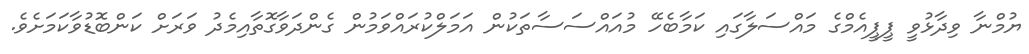
ޔުމްނާ ވިދާޅުވީ ޕީޕީއެމްގެ މައްސަލާގައި ކަމާބެހޭ މުއައްސަސާތަކުން އަމަލްކުރައްވަމުން ގެންދަވާގޮތާއިމެދު ވަރަށް ކަންބޮޑުވާކަމަށެވެ.